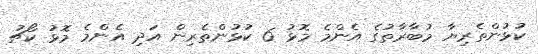
ކުޅުންތެރިޔާ މުބާރާތުގެ އެންމެ މޮޅު 6 ކުޅުންތެރިން އަދި އެންމެ މޮޅު ކޯޗު